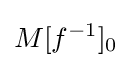
M[f^{-1}]_{0}